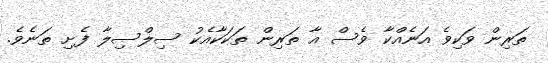
ތަރިން ވަކިވެ އަނެއްކާ ވެސް އާ ތަރިން ތަކަކާއެކު ސިލްސިލާ ފެށި ތަނެވެ.